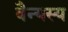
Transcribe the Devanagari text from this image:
वैन्यस्य